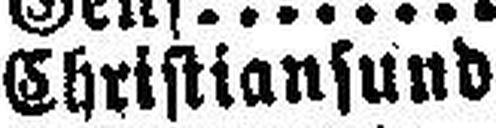
Christiansund